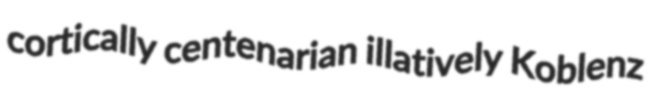
cortically centenarian illatively Koblenz